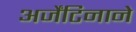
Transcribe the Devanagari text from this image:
अर्जेंटिनाने